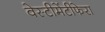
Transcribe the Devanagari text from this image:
वेस्टीमेंटीफेरा